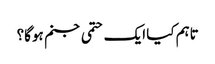
تاہم کیا ایک حتمی جنم ہوگا؟